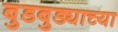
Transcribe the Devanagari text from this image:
बुडबुड्याच्या